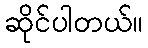
ဆိုင်ပါတယ်။